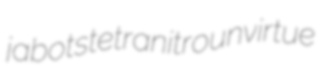
jabots tetranitro unvirtue